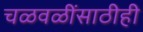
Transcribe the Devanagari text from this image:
चळवळींसाठीही